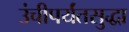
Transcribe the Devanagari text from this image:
उंचीपर्यंतसुद्धा